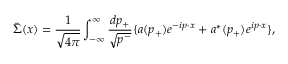
\tilde { \Sigma } ( x ) = \frac { 1 } { \sqrt { 4 { \pi } } } \int _ { - { \infty } } ^ { \infty } \frac { d p _ { + } } { \sqrt { p ^ { - } } } \{ a ( p _ { + } ) e ^ { - i p { \cdot } x } + a ^ { \ast } ( p _ { + } ) e ^ { i p { \cdot } x } \} ,